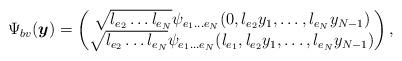
LaTeX: \begin{align*} \Psi_{bv}(\boldsymbol{y}) = \begin{pmatrix} \sqrt{l_{e_{2}}\dots l_{e_{N}}} \psi_{e_{1}\dots e_{N}}(0,l_{e_{2}}y_{1},\dots,l_{e_{N}}y_{N-1}) \\ \sqrt{l_{e_{2}}\dots l_{e_{N}}} \psi_{e_{1}\dots e_{N}}(l_{e_{1}},l_{e_{2}}y_{1},\dots,l_{e_{N}}y_{N-1}) \end{pmatrix},\end{align*}